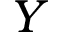
Y